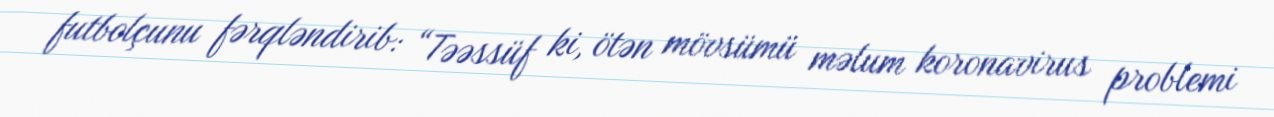
futbolçunu fərqləndirib: “Təəssüf ki, ötən mövsümü məlum koronavirus problemi